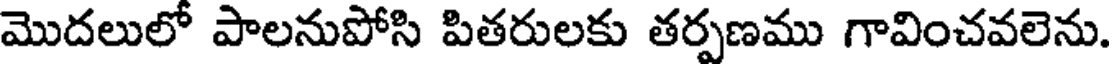
మొదలులో పాలనుపోసి పితరులకు తర్పణము గావించవలెను.